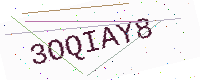
Text: 3OQIAY8